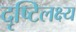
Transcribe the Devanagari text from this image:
दृष्टिलक्ष्य